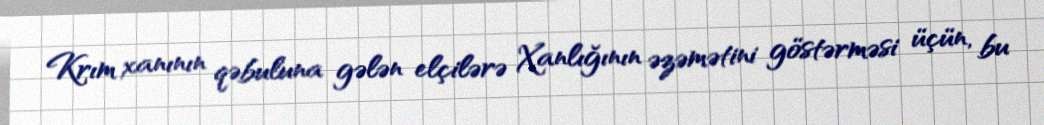
Krım xanının qəbuluna gələn elçilərə Xanlığının əzəmətini göstərməsi üçün, bu